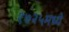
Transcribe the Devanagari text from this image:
१७२५मध्ये